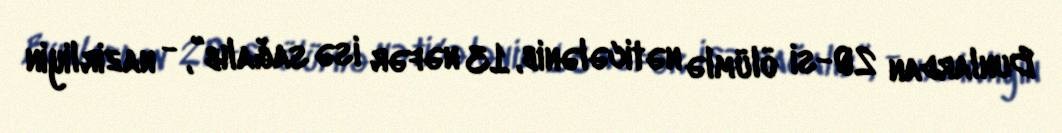
Bunlardan 20-si ölümlə nəticələnib, 13 nəfər isə sağalıb”, - nazirliyin